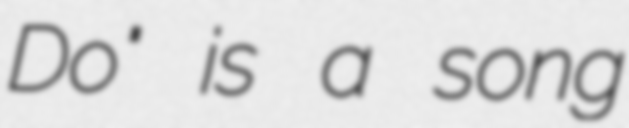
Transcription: Do" is a song